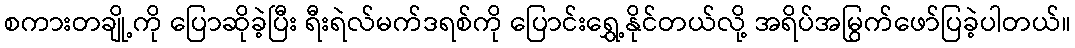
စကားတချို့ကို ပြောဆိုခဲ့ပြီး ရီးရဲလ်မက်ဒရစ်ကို ပြောင်းရွှေ့နိုင်တယ်လို့ အရိပ်အမြွက်ဖော်ပြခဲ့ပါတယ်။